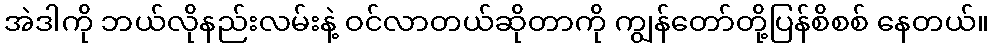
အဲဒါကို ဘယ်လိုနည်းလမ်းနဲ့ ဝင်လာတယ်ဆိုတာကို ကျွန်တော်တို့ပြန်စိစစ် နေတယ်။